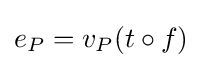
e_{P}=v_{P}(t\circ f)